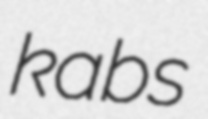
kabs